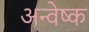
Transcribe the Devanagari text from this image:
अन्वेष्क